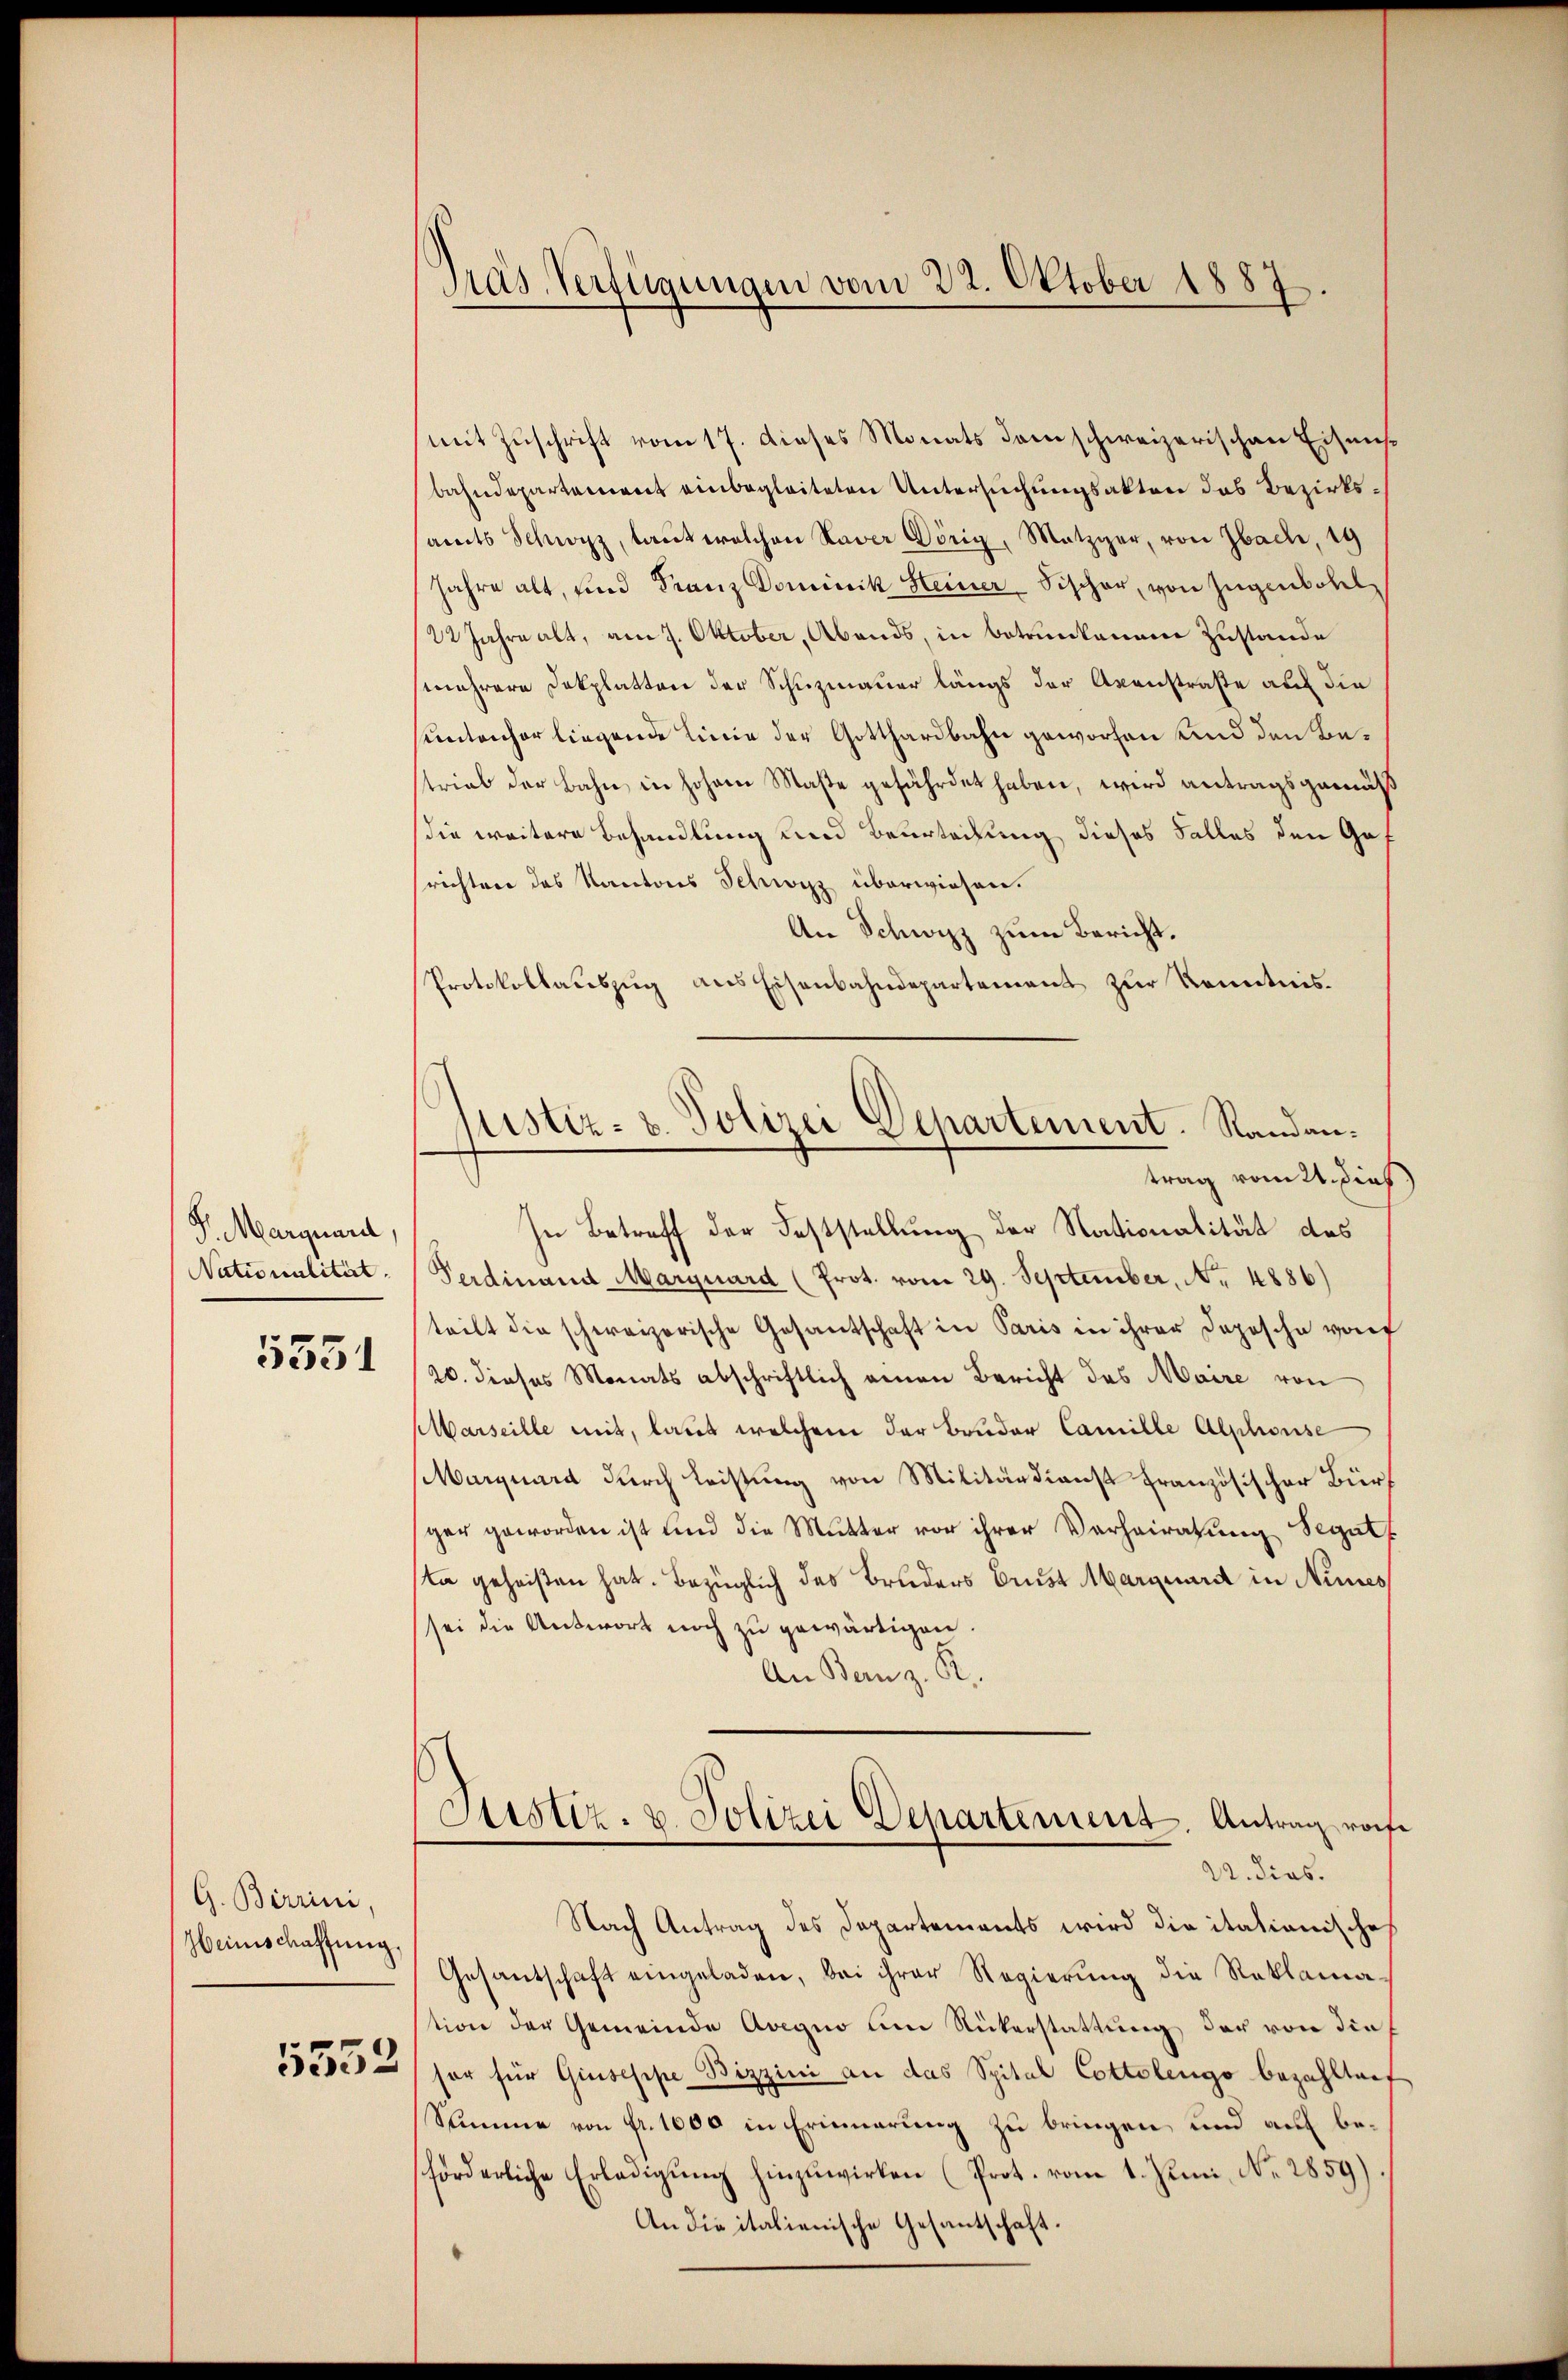
S. Marquard
Nationalität.
5551

G. Birrini,
Heimschaffung.
5552

Pras Verfügungen vom 22. Oktober 1887

(mit Zuschrift vom 17. dieses Monats dem schweizerischen Eisensbahndepartement einbegleiteten Untersuchungsakten das Bezirksamts Schwyz, laut welchen Kaver Hörig, Metzger, von Ibach, 19
Jahre alt, und Franz Dominik Heiner Fischer, von Zugenbohl
22 Jahre alt, am 7. Oktober, Abends, in betrunkenem Zustande
mnehrere Dokplatten der Schuzmauer längs der Axenstraße auf die
suntenhor liegende Linie der Gotthardbahn geworfen und den Bestrial der Bahn in hohen Maße gefährdet haben, wird antragsgemäß
sie weitere Behandlung und Beurteilung dieses Falles den Gesrichten des Kantons Schwyz überwiesen.
An Schwyzz zum Bericht.
Protokollaŭszŭg ans Eisenbahndepartement zŭr Kenntnis.
Justiz- & Polizei Departement. Randantrag vom 2t. dies
In Betreff der Feststellung der Nationalität des
Ferdinand Marguard (Prot. vom 29. September, No 4886)
teilt die schweizerische Gesantschaft in Paris in ihrer Depesche vorf
20. dieses Monats abschriftlich einen Bericht des Maire von
Marseille mit, laut welchem der Bruder Camille Alphonse
Marquard durch Leistung von Militärdienst französischer Bürger geworden ist und die Mutter vor ihrer Verheiratung Segatt
ta geheißen hat. Bezüglich des Bruders Brust Marquard in Nies
sei die Antwort noch zu gewärtigen.
An Bernz. R.

Justiz- & Polizei Departement Antrag roche
22. dies.

Nach Antrag des Departements wird die itationische
Gesantschaft eingeladen, bei ihrer Regierung die Reklamation der Gemeinde Avegno um Rükerstattung der von die
sor für Giuseppe Bizzini an das Spital Cottolengo bezahltaet
Summe von fr. 1000 in Erinnerung zu bringen und auf beförderliche Erledigung hinzuwirken (Prot. vom 1. Juni, No. 2859)
An die italienische Gesantschaft.